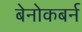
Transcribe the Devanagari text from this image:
बेनोकबर्न